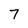
Character: 7